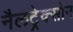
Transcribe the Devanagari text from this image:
नैलट्रेक्सोन